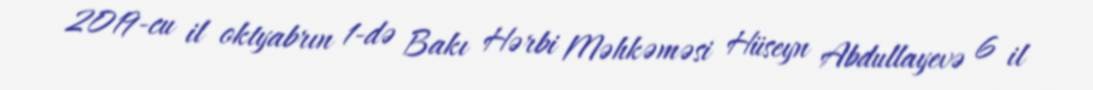
2019-cu il oktyabrın 1-də Bakı Hərbi Məhkəməsi Hüseyn Abdullayevə 6 il